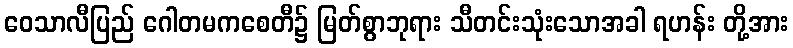
ဝေသာလီပြည် ဂေါတမကစေတီ၌ မြတ်စွာဘုရား သီတင်းသုံးသောအခါ ရဟန်း တို့အား